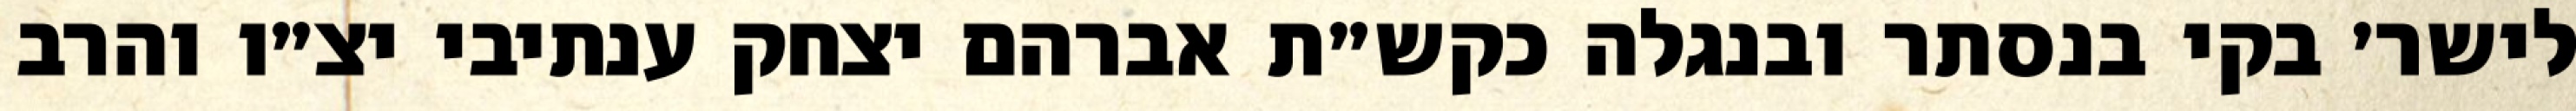
לישר׳ בקי בנסתר ובנגלה כקש״ת אברהם יצחק ענתיבי יצ״ו והרב